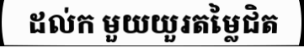
ដល់ក មួយយួរតម្លៃជិត